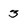
Character: 3